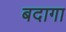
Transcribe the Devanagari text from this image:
बदागा